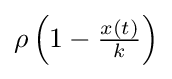
{\textstyle \rho \left(1-{\frac {x(t)}{k}}\right)}